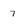
Character: 7